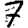
Digit: 7